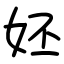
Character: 㚰